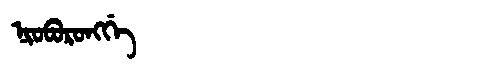
Manchu: ᠨᡳᠣᠪᠣᡵᠣᠩᡤᡝ
Romanization: NIOBORONGGE